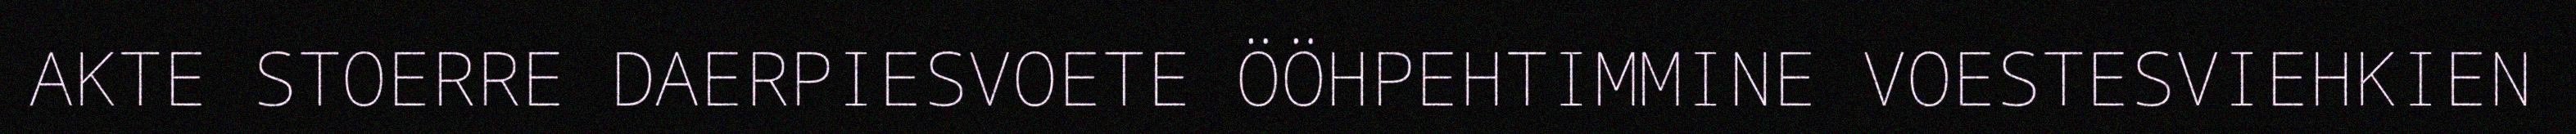
AKTE STOERRE DAERPIESVOETE ÖÖHPEHTIMMINE VOESTESVIEHKIEN